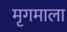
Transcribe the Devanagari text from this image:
मृगमाला